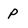
Character: P